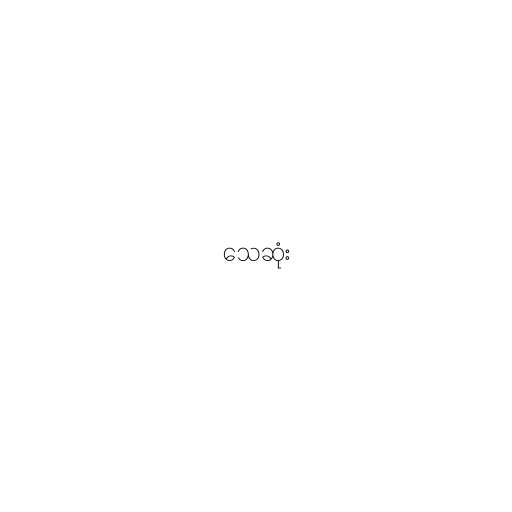
သေဆုံး